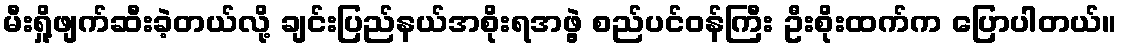
မီးရှို့ဖျက်ဆီးခဲ့တယ်လို့ ချင်းပြည်နယ်အစိုးရအဖွဲ့ စည်ပင်ဝန်ကြီး ဦးစိုးထက်က ပြောပါတယ်။